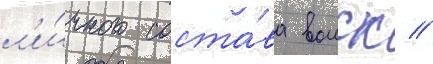
л'и́чного соста́ва воиск //